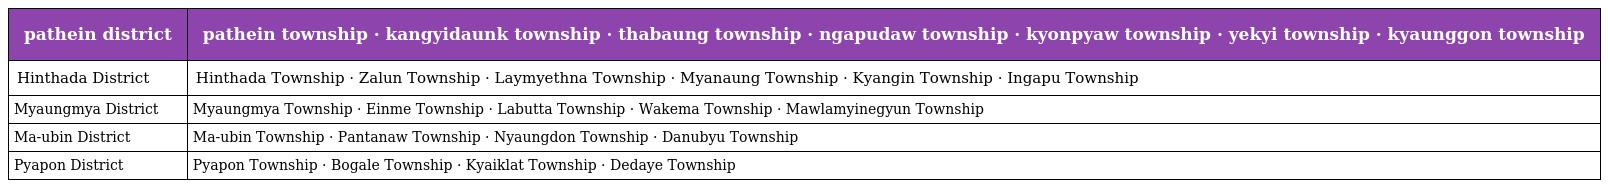
| pathein district | pathein township · kangyidaunk township · thabaung township · ngapudaw township · kyonpyaw township · yekyi township · kyaunggon township |
 | --- | --- |
 | Hinthada District | Hinthada Township · Zalun Township · Laymyethna Township · Myanaung Township · Kyangin Township · Ingapu Township |
 | Myaungmya District | Myaungmya Township · Einme Township · Labutta Township · Wakema Township · Mawlamyinegyun Township |
 | Ma-ubin District | Ma-ubin Township · Pantanaw Township · Nyaungdon Township · Danubyu Township |
 | Pyapon District | Pyapon Township · Bogale Township · Kyaiklat Township · Dedaye Township |